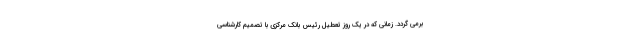
برمی گردد. زمانی که در یک روز تعطیل رئیس بانک مرکزی با تصمیم کارشناسی